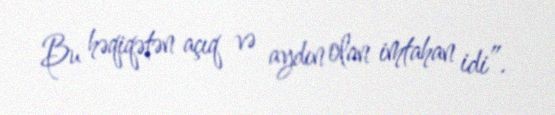
Bu həqiqətən açıq və aydın olan imtahan idi”.